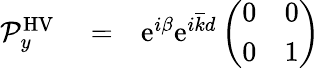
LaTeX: \begin{array}{rlr}{{\mathcal P}_{y}^{\mathrm{HV}}}&{{}=}&{\mathrm{e}^{i\beta}\mathrm{e}^{i\overline{{k}}d}\left(\begin{array}{cc}{0}&{0}\\ {0}&{1}\end{array}\right)}\end{array}